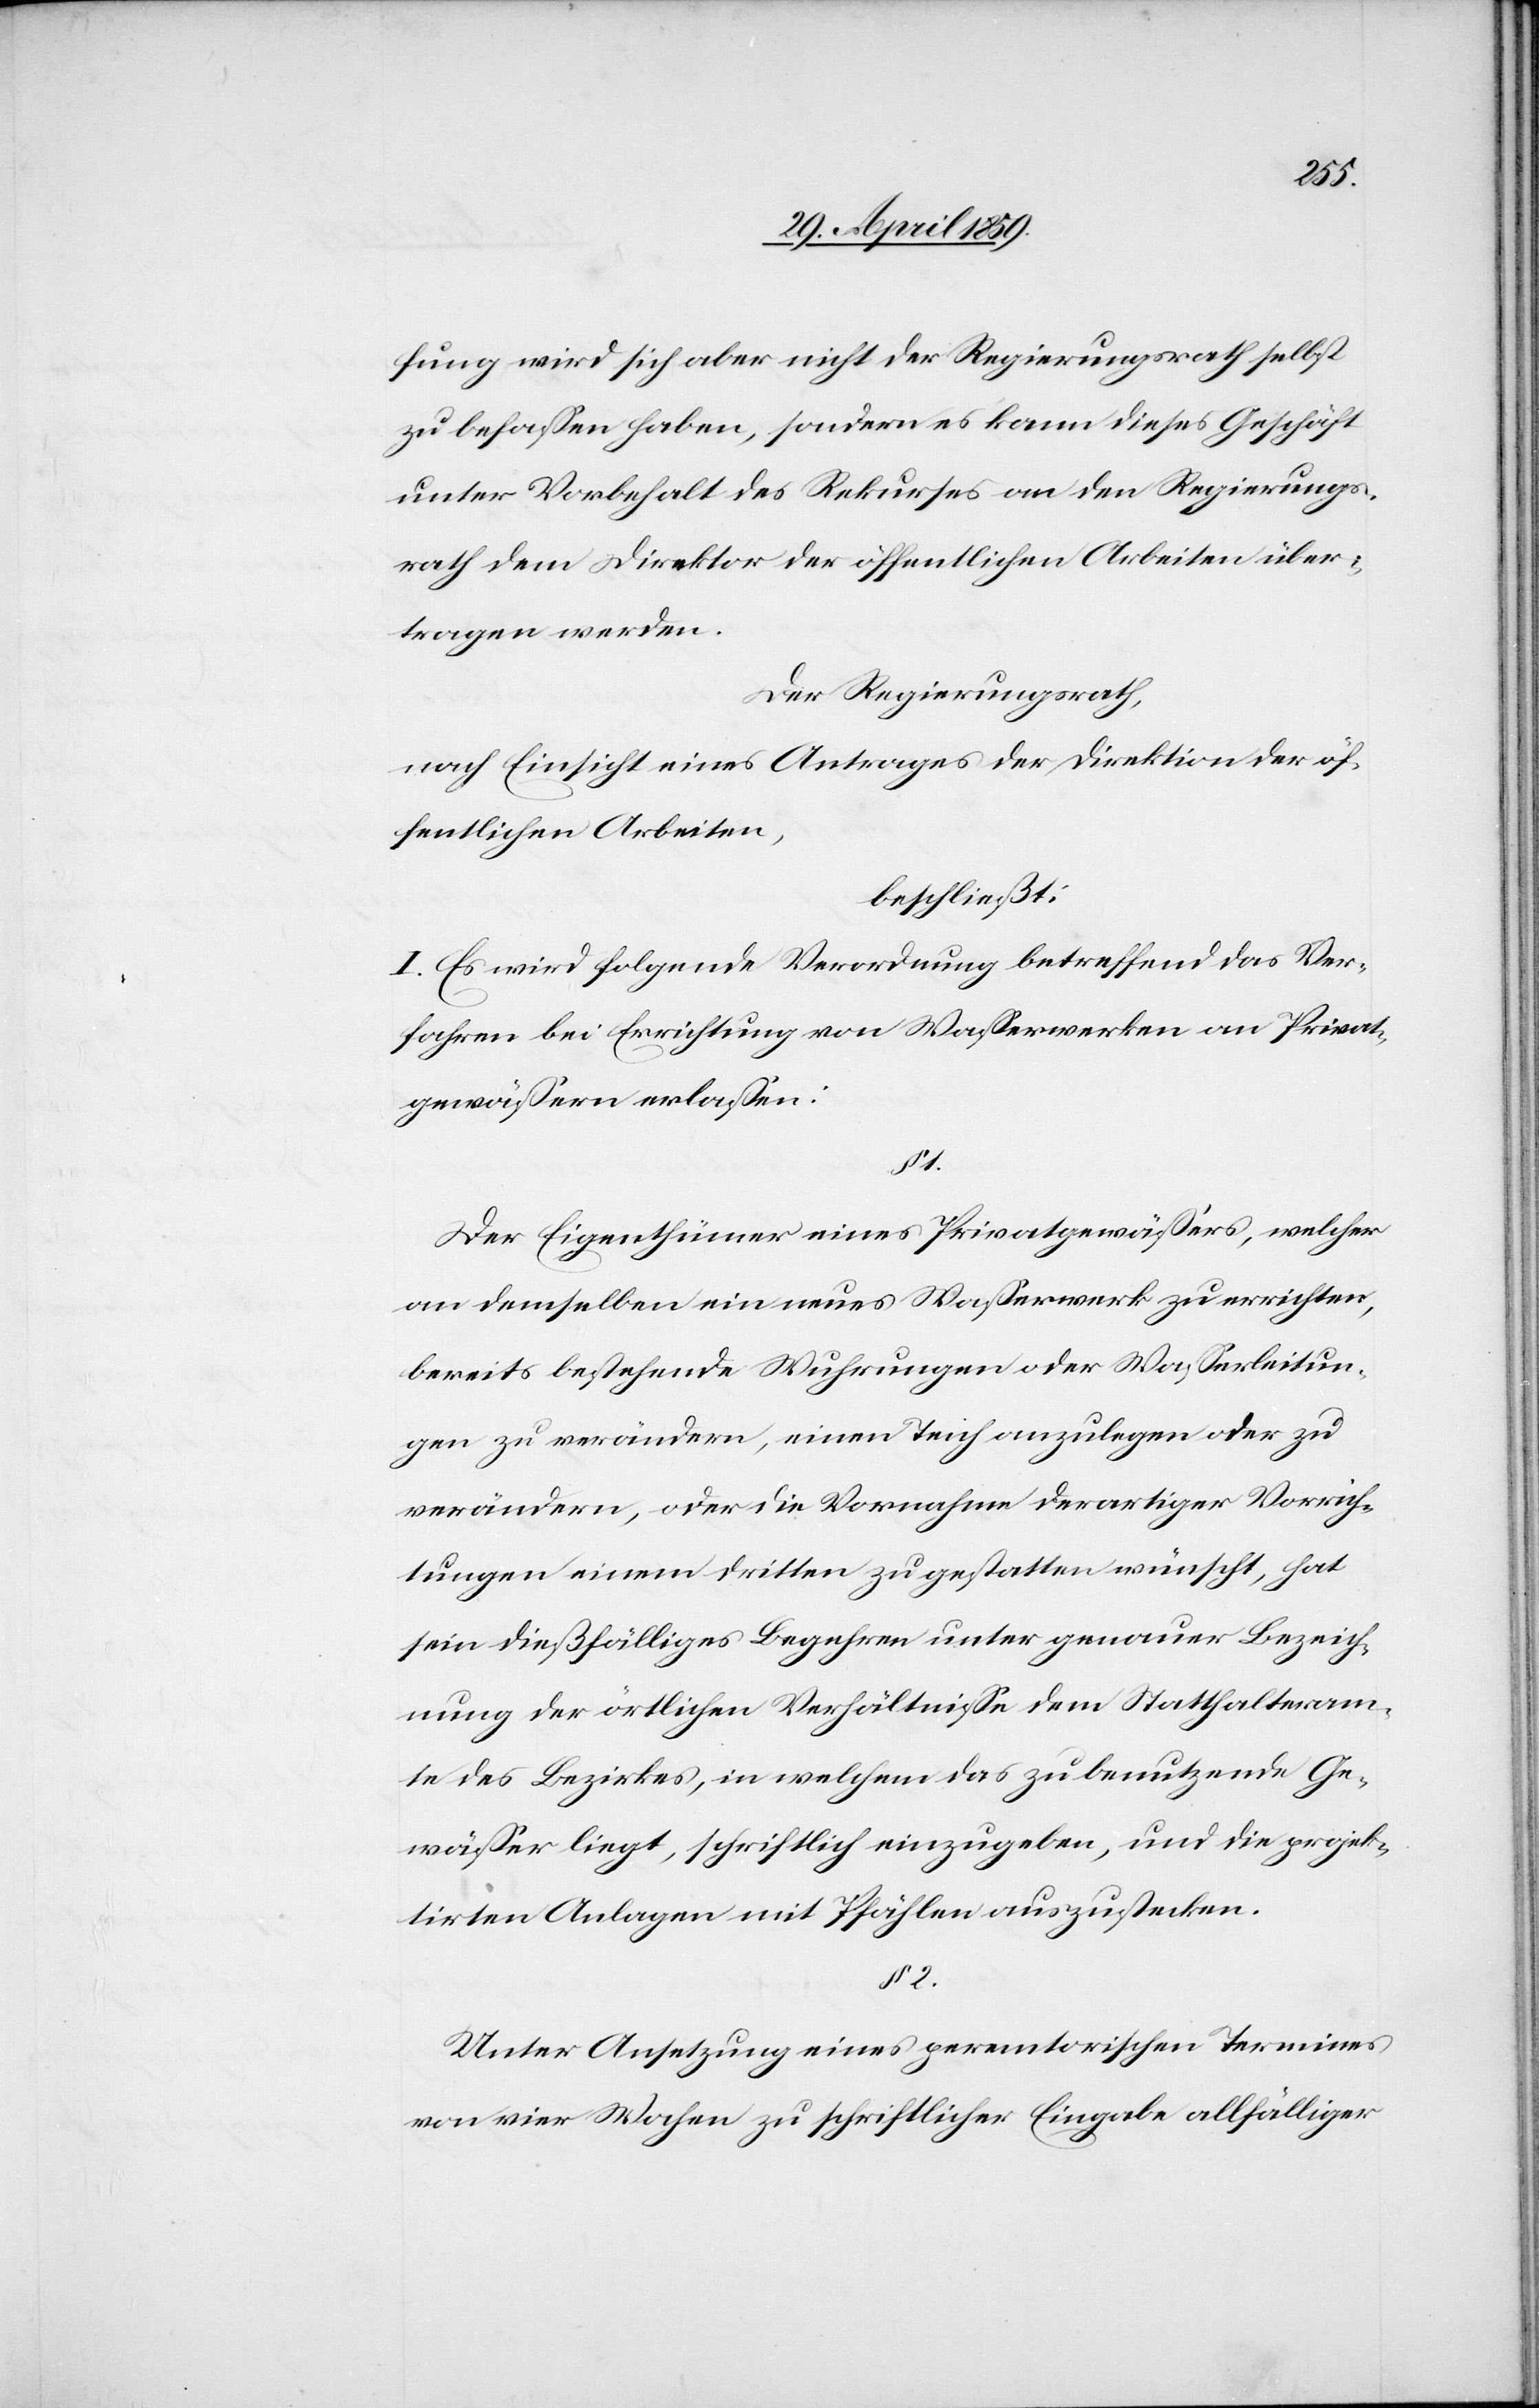
fung wird sich aber nicht der Regierungsrath selbst
zu befaßen haben, sondern es kann dieses Geschäft
unter Vorbehalt des Rekurses an den Regierungs¬
rath dem Direktor der öffentlichen Arbeiten über¬
tragen werden.
Der Regierungsrath,
nach Einsicht eines Antrages der Direktion der öf¬
fentlichen Arbeiten,
beschließt:
I. Es wird folgende Verordnung betreffend das Ver¬
fahren bei Errichtung von Waßerwerken an Privat¬
gewäßern erlaßen:
1.
Der Eigenthümer eines Privatgewäßers, welcher
an demselben ein neues Waßerwerk zu errichten,
bereits bestehende Wuhrungen oder Waßerleitun¬
gen zu verändern, einen Teich anzulegen oder zu
verändern, oder die Vornahme derartiger Vorrich¬
tungen einem dritten zu gestatten wünscht, hat
sein dießfälliges Begehren unter genauer Bezeich¬
nung der örtlichen Verhältniße dem Statthalteram¬
te des Bezirkes, in welchem das zu benutzende Ge¬
wäßer liegt, schriftlich einzugeben, und die projek¬
tirten Anlagen mit Pfählen auszustecken.
§ 2.
Unter Ansetzung eines peremtorischen Termines
von vier Wochen zu schriftlicher Eingabe allfälliger